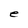
Character: e